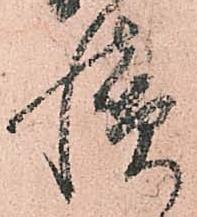
続